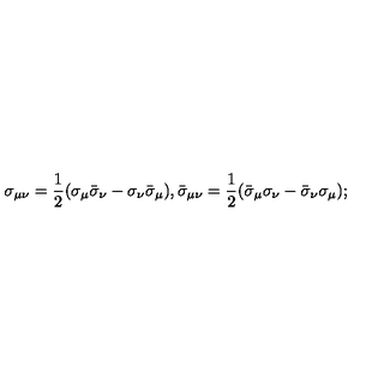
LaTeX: \sigma _ { \mu \nu } = { \frac { 1 } { 2 } } ( \sigma _ { \mu } \bar { \sigma } _ { \nu } - \sigma _ { \nu } \bar { \sigma } _ { \mu } ) , \bar { \sigma } _ { \mu \nu } = { \frac { 1 } { 2 } } ( \bar { \sigma } _ { \mu } \sigma _ { \nu } - \bar { \sigma } _ { \nu } \sigma _ { \mu } ) ;